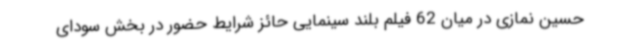
حسین نمازی در میان 62 فیلم بلند سینمایی حائز شرایط حضور در بخش سودای